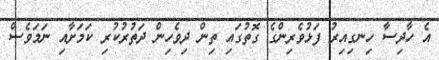
އެ ހާދިސާ ހިނގިއިރު ފަޅުވެރިންގެ ގޮތުގައި ތިން ދިވެހިން ދަތުރުކުރި ކަމަށާއި ނަމަވެސް